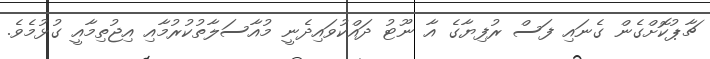
ޗާޕުކޮށްގެން ގެނައި ފަސް ރުފިޔާގެ އާ ނޫޓު ދައްކުވައިދެނީ މުއާސަލާތުކުރުމާއި އިޖުތިމާއީ ގުޅުމެވެ.